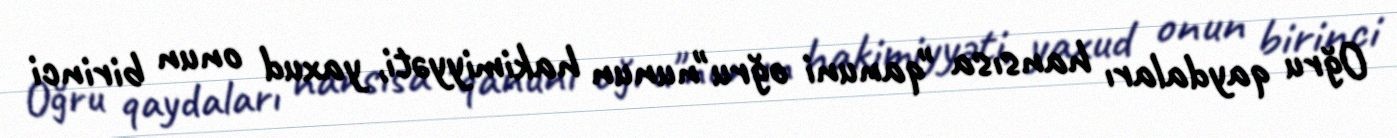
Oğru qaydaları hansısa "qanuni oğru"nunun hakimiyyəti, yaxud onun birinci